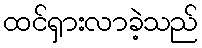
ထင်ရှားလာခဲ့သည်